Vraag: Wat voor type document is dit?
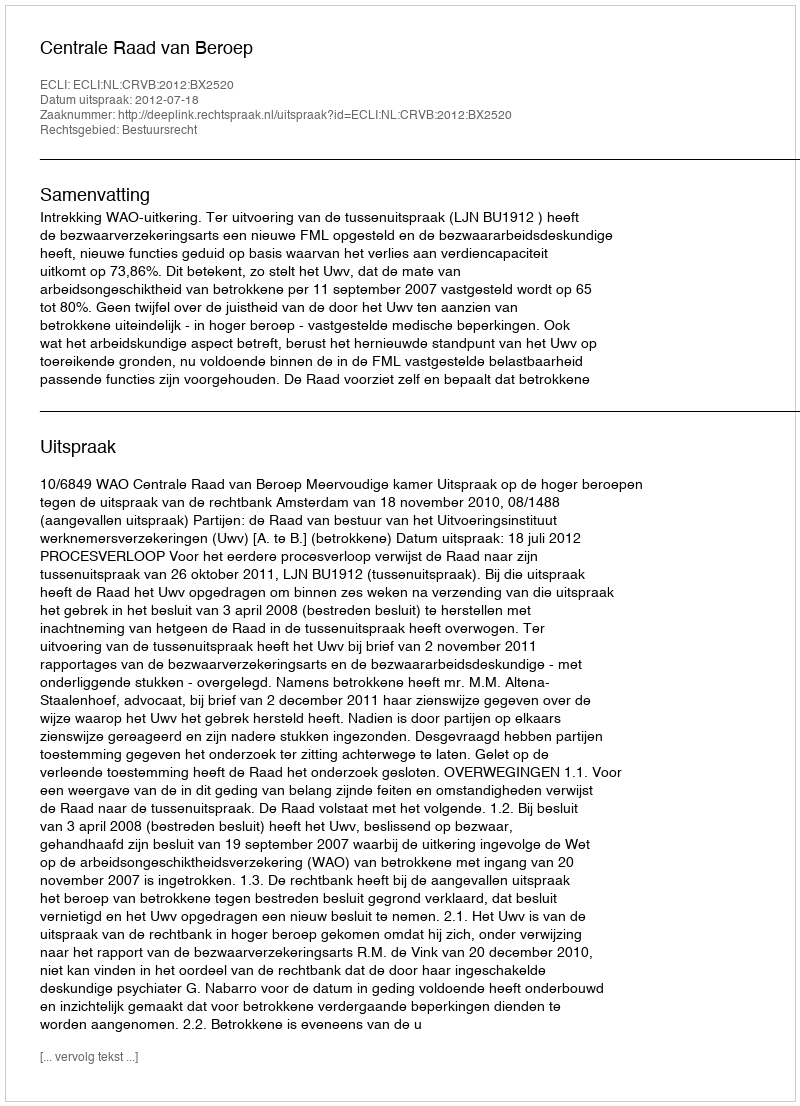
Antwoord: Uitspraak